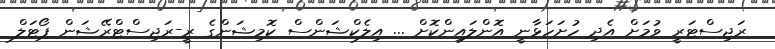
ރަޖިސްޓަރީ ވުމަށް އެދި ހުށަހަޅާނީ އޮންލައިންކޮށް ... އިލެކްޝަންސް ކޮމިޝަންގެ ރީ-ރަޖިސްޓްރޭޝަން ޕޯޓަލް